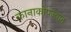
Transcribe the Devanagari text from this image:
कानाकोपज्यात